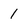
Character: 1